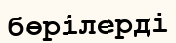
бөрілерді